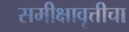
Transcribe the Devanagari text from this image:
समीक्षावृत्तीचा